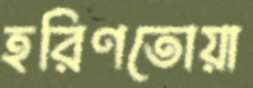
হরিণতোয়া